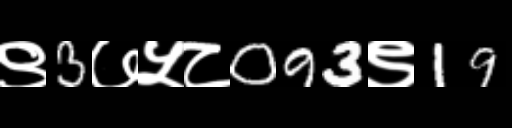
Text: ९3७५८093९19